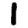
Digit: 1